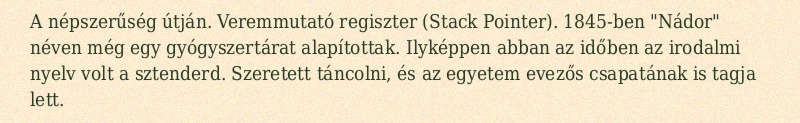
A népszerűség útján. Veremmutató regiszter (Stack Pointer). 1845-ben "Nádor" néven még egy gyógyszertárat alapítottak. Ilyképpen abban az időben az irodalmi nyelv volt a sztenderd. Szeretett táncolni, és az egyetem evezős csapatának is tagja lett.